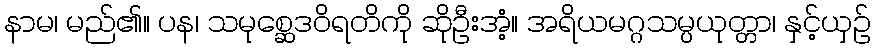
နာမ၊ မည်၏။ ပန၊ သမုစ္ဆေဒဝိရတိကို ဆိုဦးအံ့။ အရိယမဂ္ဂသမ္ပယုတ္တာ၊ နှင့်ယှဉ်